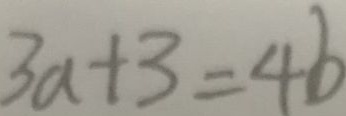
3 a + 3 = 4 b